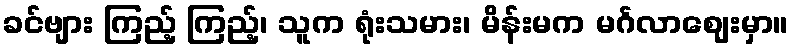
ခင်ဗျား ကြည့် ကြည့်၊ သူက ရုံးသမား၊ မိန်းမက မင်္ဂလာဈေးမှာ။